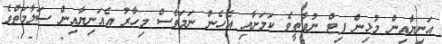
އަނިޔާއިން މުޅިން ފިޓް ނުވާތީވެ ކަމަށާއި އެހެން ނަމަވެސް މިހާރު އެއަނިޔާއިން ސަލާމަތްވެ